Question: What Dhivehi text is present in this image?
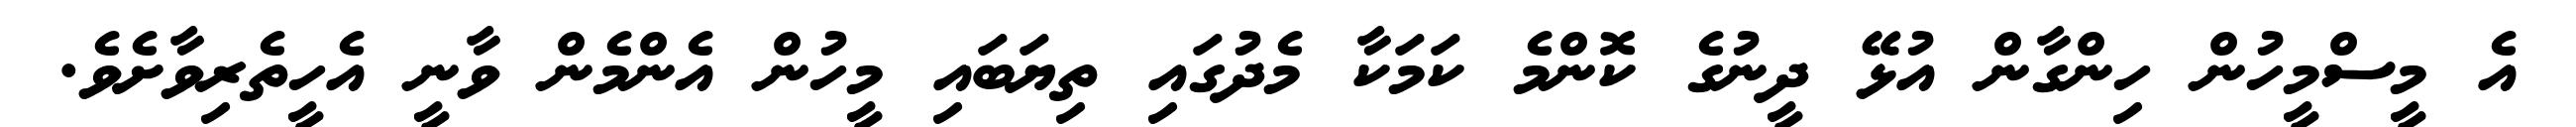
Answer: އެ މީސްމީހުން ހިންގާން އުޅޭ ދީނުގެ ކޮންމެ ކަމަކާ މެދުގައި ތިޔަބައި މީހުން އެންމެން ވާނީ އެހީތެރިވާށެވެ.